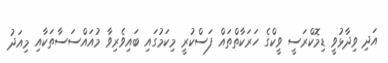
އަދި ވިދާޅުވީ ޑިމޮކްރަސީ ވީކްގެ ހަރަކާތްތައް ފަސްކުރީ މިކަމުގައި ބައިވެރިވާ މުއައްސަސާތަކާއި މިއަދު